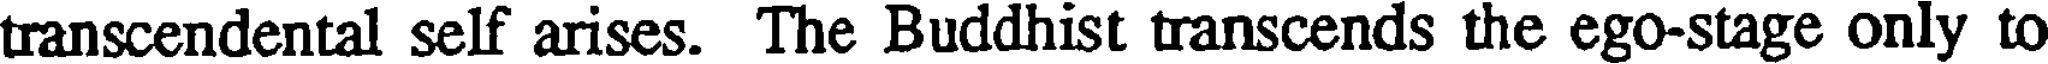
transcendental self arises. The Buddhist transcends the ego-stage only to